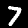
Label: 7